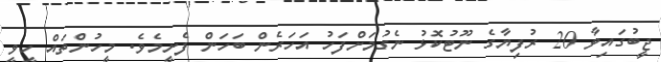
ޖީބުގައިވާ 20 ރުފިޔާގެ ނޫޓުކޮޅު ނެގުމަށްފަހު އަހަރެން ބަހަން ފެށީމެވެ. މީހުންތައް ހީވީ